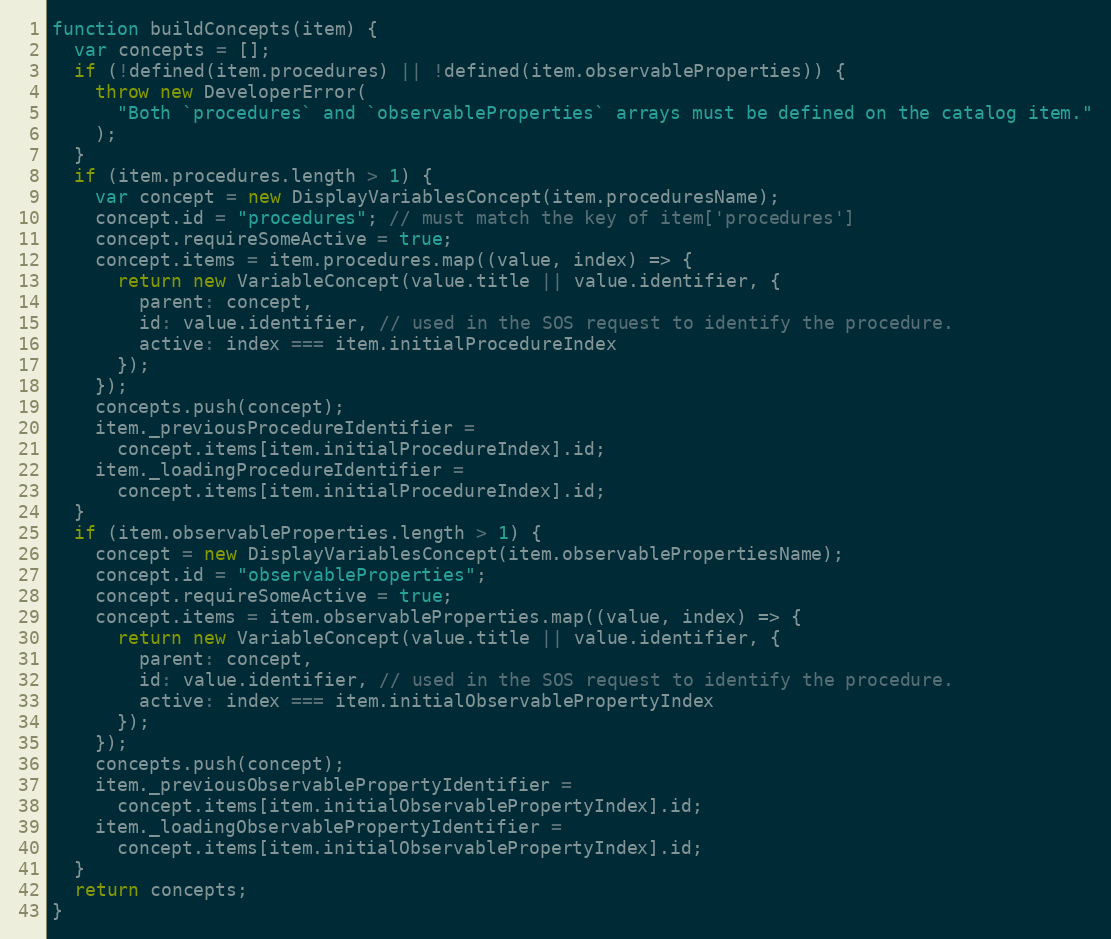
Language: JavaScript
function buildConcepts(item) {
  var concepts = [];
  if (!defined(item.procedures) || !defined(item.observableProperties)) {
    throw new DeveloperError(
      "Both `procedures` and `observableProperties` arrays must be defined on the catalog item."
    );
  }
  if (item.procedures.length > 1) {
    var concept = new DisplayVariablesConcept(item.proceduresName);
    concept.id = "procedures"; // must match the key of item['procedures']
    concept.requireSomeActive = true;
    concept.items = item.procedures.map((value, index) => {
      return new VariableConcept(value.title || value.identifier, {
        parent: concept,
        id: value.identifier, // used in the SOS request to identify the procedure.
        active: index === item.initialProcedureIndex
      });
    });
    concepts.push(concept);
    item._previousProcedureIdentifier =
      concept.items[item.initialProcedureIndex].id;
    item._loadingProcedureIdentifier =
      concept.items[item.initialProcedureIndex].id;
  }
  if (item.observableProperties.length > 1) {
    concept = new DisplayVariablesConcept(item.observablePropertiesName);
    concept.id = "observableProperties";
    concept.requireSomeActive = true;
    concept.items = item.observableProperties.map((value, index) => {
      return new VariableConcept(value.title || value.identifier, {
        parent: concept,
        id: value.identifier, // used in the SOS request to identify the procedure.
        active: index === item.initialObservablePropertyIndex
      });
    });
    concepts.push(concept);
    item._previousObservablePropertyIdentifier =
      concept.items[item.initialObservablePropertyIndex].id;
    item._loadingObservablePropertyIdentifier =
      concept.items[item.initialObservablePropertyIndex].id;
  }
  return concepts;
}